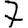
Digit: 7